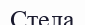
Стела